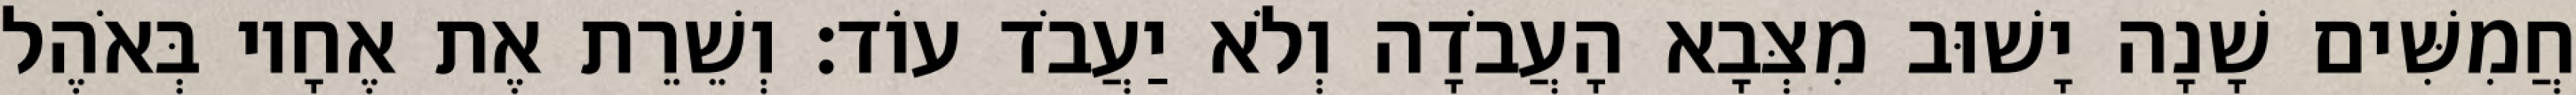
חֲמִשִּׁים שָׁנָה יָשׁוּב מִצְּבָא הָעֲבֹדָה וְלֹא יַעֲבֹד עוֹד׃ וְשֵׁרֵת אֶת אֶחָיו בְּאֹהֶל